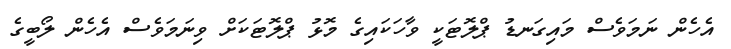
އެހެން ނަމަވެސް މައިގަނޑު ޕްލޮޓަކީ ވާހަކައިގެ މޮޅު ޕްލޮޓަކަށް ވިނަމަވެސް އެހެން ލޯބީގެ